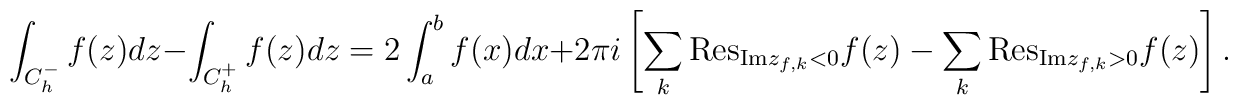
\int_{C_h^-}{f(z)dz}-\int_{C_h^+}{f(z)dz}=2\int_{a}^{b}{f(x)dx}+2\pi i\left[ \sum_{k}{\mathrm{Res}}_{{\mathrm{Im}}z_{f,k}<0}f(z)-\sum_{k}{\mathrm{Res}}_{{\mathrm{Im}}z_{f,k}>0}f(z)\right] .